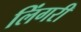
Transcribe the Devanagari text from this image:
लिंगरी